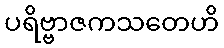
ပရိဗ္ဗာဇကသတေဟိ